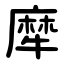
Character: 犘